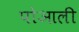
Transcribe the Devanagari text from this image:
पोआली